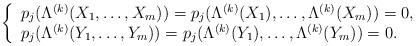
LaTeX: \begin{align*}\left\{\begin{array}{l}p_j(\Lambda^{(k)}(X_1,\ldots,X_m))=p_j(\Lambda^{(k)}(X_1),\ldots,\Lambda^{(k)}(X_m))=0,\\p_j(\Lambda^{(k)}(Y_1,\ldots,Y_m))=p_j(\Lambda^{(k)}(Y_1),\ldots,\Lambda^{(k)}(Y_m))=0.\end{array}\right.\end{align*}